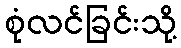
စုံလင်ခြင်းသို့